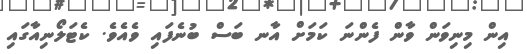
އިން މިިނިވަން ވާން ފެންނަ ކަމަށް އާނ ބަސް ބުނެފައި ވެއެވެ. ކެޓަލޯނިއާގައި